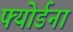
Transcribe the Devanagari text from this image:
फ्योर्डना